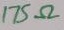
Text: 175Ω